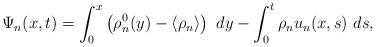
LaTeX: \begin{align*} \Psi_{n}(x,t) = \int_{0}^{x} \left( \rho_{n}^{0}(y) - \langle \rho_{n} \rangle \right)~dy - \int_{0}^{t} \rho_{n}u_{n} (x,s)~ds, \end{align*}